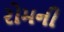
રોમની